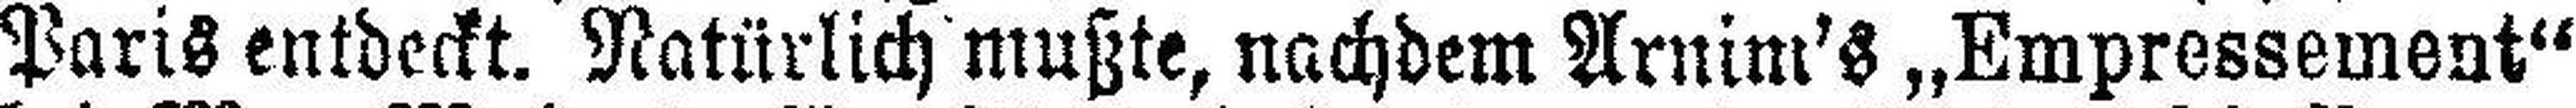
Paris entdeckt. Natürlich mußte, nachdem Arnim's „Empressement“